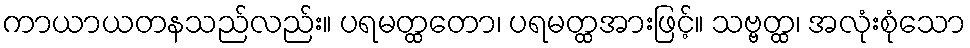
ကာယာယတနသည်လည်း။ ပရမတ္ထတော၊ ပရမတ္ထအားဖြင့်။ သဗ္ဗတ္ထ၊ အလုံးစုံသော